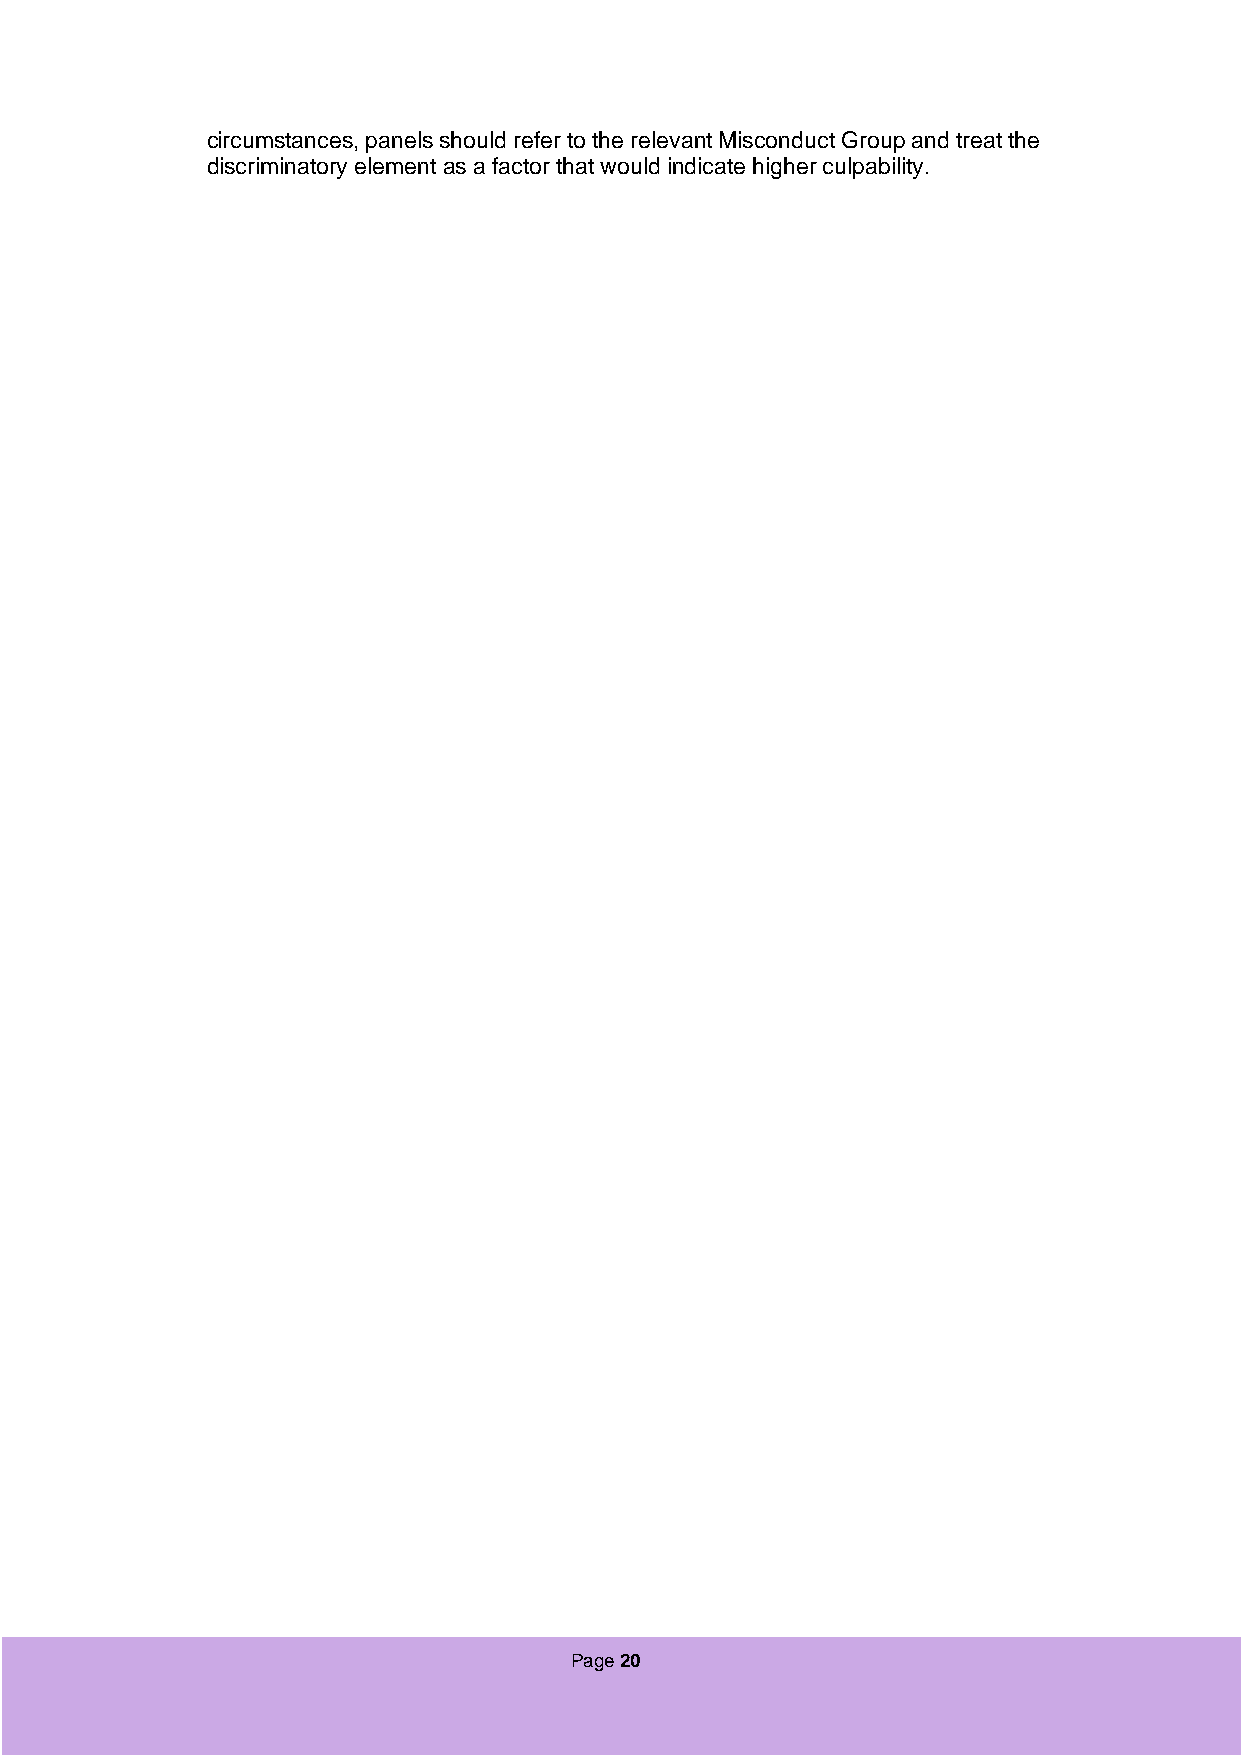
circumstances, panels should refer to the relevant Misconduct Group and treat the
 discriminatory element as a factor that would indicate higher culpability.
 Page 20